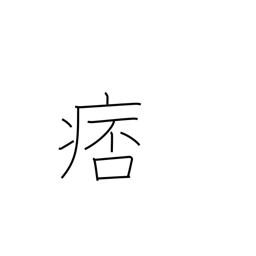
Meaning: costiveness in chest or intestines